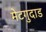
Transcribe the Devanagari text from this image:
मेटगुदाड